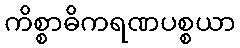
ကိစ္စာဓိကရဏပစ္စယာ